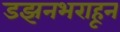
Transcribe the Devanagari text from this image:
डझनभराहून